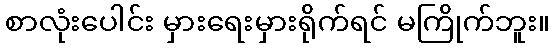
စာလုံးပေါင်း မှားရေးမှားရိုက်ရင် မကြိုက်ဘူး။